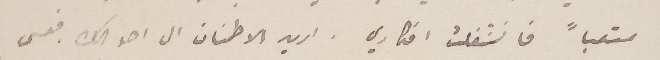
متعباً فانشغلت افكاري . اريد الاطمنان الى احوالك . فعسى